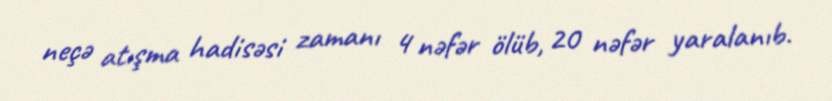
neçə atışma hadisəsi zamanı 4 nəfər ölüb, 20 nəfər yaralanıb.